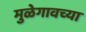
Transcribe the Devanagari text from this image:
मुळेगावच्या